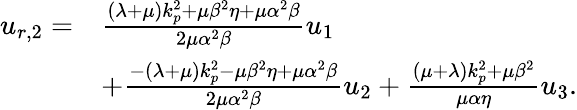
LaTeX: \begin{array}{rl}{u_{r,2}=}&{\frac{(\lambda+\mu)k_{p}^{2}+\mu\beta^{2}\eta+\mu\alpha^{2}\beta}{2\mu\alpha^{2}\beta}u_{1}}\\ &{+\frac{-(\lambda+\mu)k_{p}^{2}-\mu\beta^{2}\eta+\mu\alpha^{2}\beta}{2\mu\alpha^{2}\beta}u_{2}+\frac{(\mu+\lambda)k_{p}^{2}+\mu\beta^{2}}{\mu\alpha\eta}u_{3}.}\end{array}